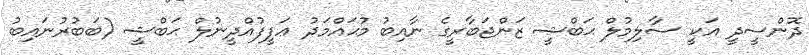
ދޮންސީދީ އަކީ ސާލިމުލް ޙަބްޝީ ޒަންޖަބާރީގެ ނާއިބު މުޙައްމަދު ޢަފީފުއްދީނުލް ޙަބްޝީ (ބަބުރުނައިބު